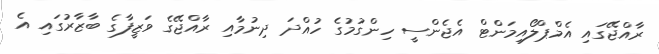
ރާއްޖޭގައި އެމްޕްލޯއިމަންޓް އެޖެންސީ ހިންގުމުގެ ހުއްދަ ދިނުމާއި ރާއްޖޭގެ ވަޒީފާގެ ބާޒާރުގައި އެ